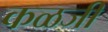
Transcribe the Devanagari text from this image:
कळजी